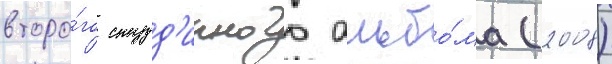
второ́го студ'ииного альбо́ма (2008)